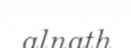
alnath